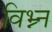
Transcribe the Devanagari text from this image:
विभ्न्न